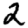
Digit: 2